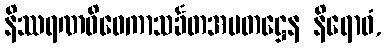
နိဿရဏဝိဝေကာသင်္ခတအမတဋ္ဌေန နိရောဓံ,